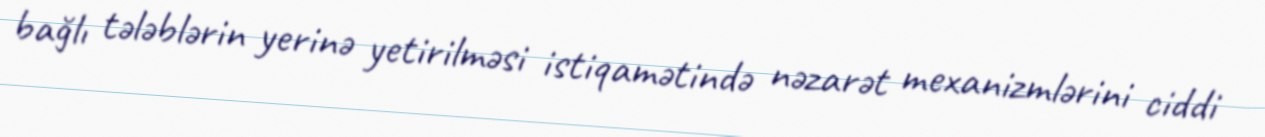
bağlı tələblərin yerinə yetirilməsi istiqamətində nəzarət mexanizmlərini ciddi